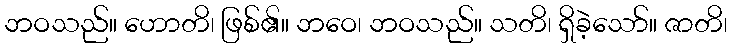
ဘဝသည်။ ဟောတိ၊ ဖြစ်၏။ ဘဝေ၊ ဘဝသည်။ သတိ၊ ရှိခဲ့သော်။ ဇာတိ၊